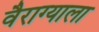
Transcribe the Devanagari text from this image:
वैराग्याला